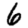
Digit: 6